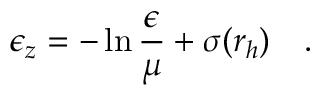
\epsilon _ { z } = - \ln { \frac { \epsilon } { \mu } } + \sigma ( r _ { h } ) ~ ~ ~ .